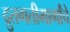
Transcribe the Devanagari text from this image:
द्रुतगतीमार्गांचे